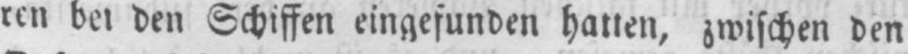
bet den Schiffen eingefunden hatten, zwischen den